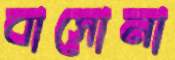
বাসোনা